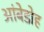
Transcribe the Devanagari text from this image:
आंबेडोह